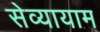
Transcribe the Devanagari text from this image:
सेव्यायाम